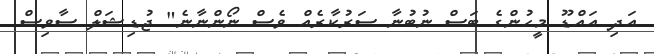
އަދި އައްޑޫ މީހުންގެ ބަސް ނުބުނާ ސަރުކާރެއް ވެސް ނޯންނާނެ" ޖުޑިޝަލް ސާވިސް